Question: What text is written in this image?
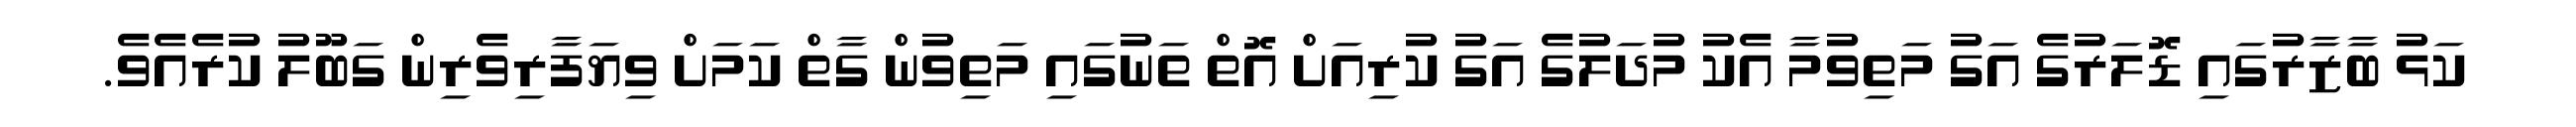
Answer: ކަޅު ބާޒާރުގައި ޑޮލަރުގެ އަގު މަތިވުމާ އެކު މުދަލުގެ އަގު ކުރިއަށް އޮތް ތަނުގައި މަތިވުން ގާތް ކަމަށް ވިޔަފާރިވެރިން ގަބޫލު ކުރެއެވެ.